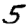
Digit: 5